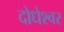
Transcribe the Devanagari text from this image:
दोधेश्वर